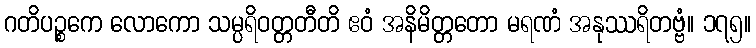
ဂတိပဉ္စကေ လောကော သမ္ပရိဝတ္တတီတိ ဧဝံ အနိမိတ္တတော မရဏံ အနုဿရိတဗ္ဗံ။ ၁၇၅။